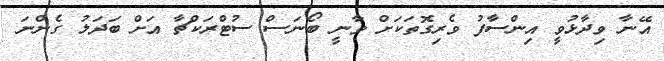
އޭނާ ވިދާޅުވީ އިންސާފު ވެރިގޮތަކަށް ވާނީ ބޯނަސް ސުޓްރަކްޗާ އަށް ބަދަލު ގެންނަ